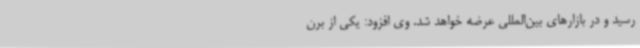
رسید و در بازارهای بین‌المللی عرضه خواهد شد. وی افزود: یکی از برن